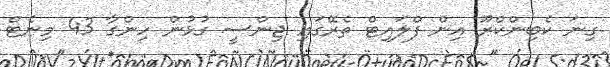
ގިނަ ކެބިންކްރޫ އިން ފްލައިޓް ތެރޭގައި ޖިންސީ ގުޅުން ހިންގާ 43 މިނެޓް